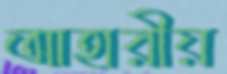
আহারীয়